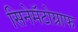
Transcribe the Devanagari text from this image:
सिनेमॅटोग्राफ